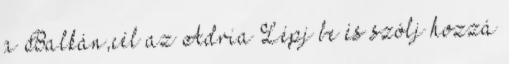
a Balkán,cél az Adria Lépj be és szólj hozzá